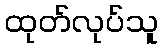
ထုတ်လုပ်သူ